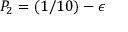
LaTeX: P _ { 2 } = ( 1 / 1 0 ) - \epsilon